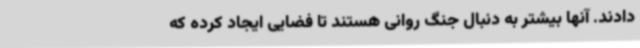
دادند. آنها بیشتر به دنبال جنگ روانی هستند تا فضایی ایجاد کرده که